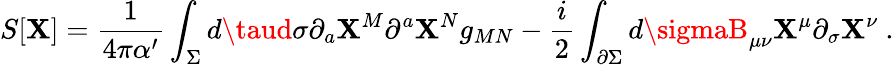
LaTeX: S[\mathbf{X}]=\frac{{1}}{{4\pi\alpha^{\prime}}}\int_{\Sigma}d\taud\sigma\partial_{a}\mathbf{X}^{M}\partial^{a}\mathbf{X}^{N}g_{MN}-\frac{{i}}{{2}}\int_{\partial\Sigma}d\sigmaB_{\mu\nu}\mathbf{X}^{\mu}\partial_{\sigma}\mathbf{X}^{\nu}~.